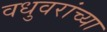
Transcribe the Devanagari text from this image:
वधुवरांच्या